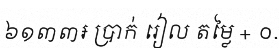
៦១៣៣៛ ប្រាក់ រៀល តម្លៃ + ០.